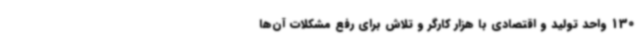
130 واحد تولید و اقتصادی با هزار کارگر و تلاش برای رفع مشکلات آن‌ها